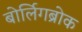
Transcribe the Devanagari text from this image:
बोर्लिगब्रोक